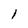
Character: 1